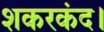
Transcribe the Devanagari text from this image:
शकरकंद।